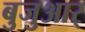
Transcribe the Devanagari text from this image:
बुजुआर्